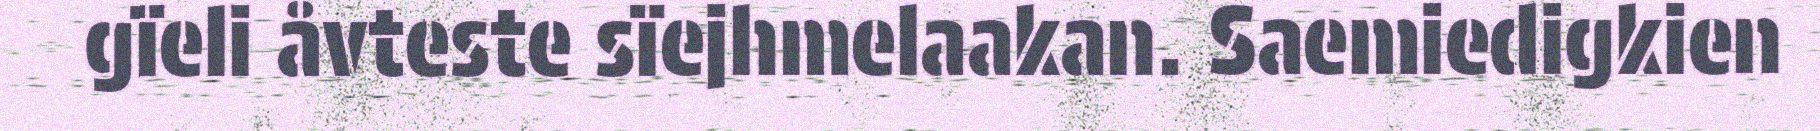
gïeli åvteste sïejhmelaakan. Saemiedigkien